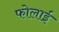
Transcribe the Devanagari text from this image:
फोलाई